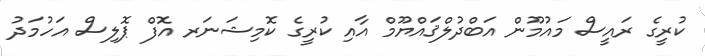
ކުރީގެ ރައީސް މައުމޫން އަބްދުލްޤައްޔޫމް އާއި ކުރީގެ ކޮމިޝަނަރ އޮފް ޕޮލިސް އަހުމަދު